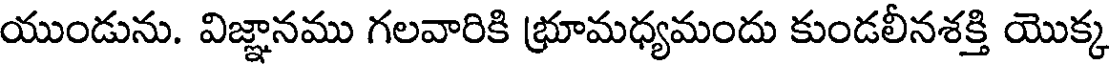
యుండును. విజ్ఞానము గలవారికి భ్రూమధ్యమందు కుండలీనశక్తి యొక్క